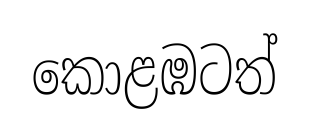
කොළඹටත්